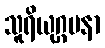
သူရိယုဂ္ဂမနာ